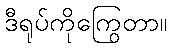
ဒီရုပ်ကိုကြွေတာ။